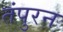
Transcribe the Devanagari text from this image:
तंपुरन